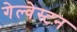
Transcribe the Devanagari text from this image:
गेल्‍वेस्‍टन